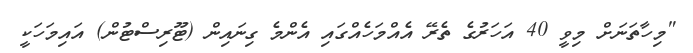
"މިހާތަނަށް މިވީ 40 އަހަރުގެ ތެރޭ އެއްމަހެއްގައި އެންމެ ގިނައިން (ޓޫރިސްޓުން) އައިމަހަކީ